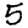
Digit: 5